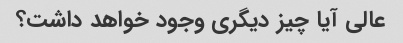
عالی آیا چیز دیگری وجود خواهد داشت؟